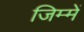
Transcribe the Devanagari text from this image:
जिम्में